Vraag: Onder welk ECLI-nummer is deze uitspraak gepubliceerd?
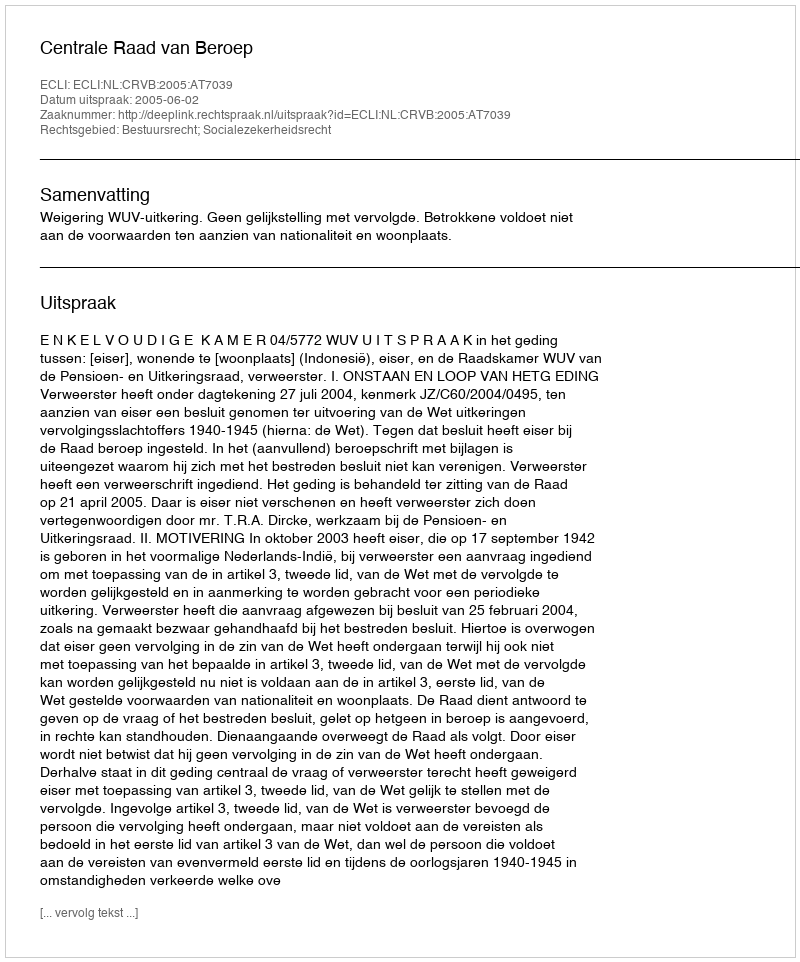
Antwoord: ECLI:NL:CRVB:2005:AT7039